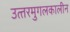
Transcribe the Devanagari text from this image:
उत्‍तरमुगलकालीन